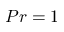
P r = 1